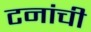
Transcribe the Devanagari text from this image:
टनांची